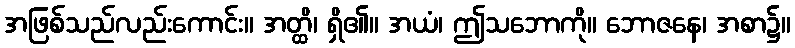
အဖြစ်သည်လည်းကောင်း။ အတ္ထိ၊ ရှိ၏။ အယံ၊ ဤသဘောကို။ ဘောဇနေ၊ အစာ၌။